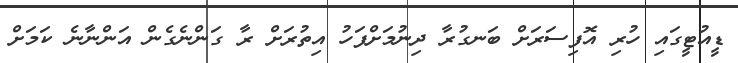
ޑީއުޓީގައި ހުރި އޮފިސަރަށް ބަނގުރާ ދިނުމަށްފަހު އިތުރަށް ރާ ގަންނެގެން އަންނާނެ ކަމަށް